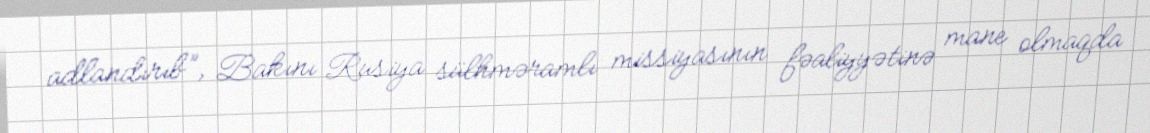
adlandırıb”, Bakını Rusiya sülhməramlı missiyasının fəaliyyətinə mane olmaqda